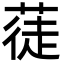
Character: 蓗